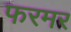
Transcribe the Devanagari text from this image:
फरमर